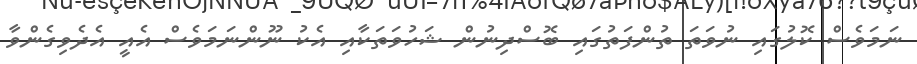
ނަމަވެސް ކޮލުގައި ނުވަތަ ތުންފަތުގައި ބޮސްދިނުން ޝަހުވަތަކާއި އެކު ނޫންނަމަވެސް އެއީ އެދެވިގެންވާ